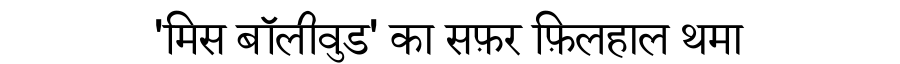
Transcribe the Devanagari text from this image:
'मिस बॉलीवुड' का सफ़र फ़िलहाल थमा